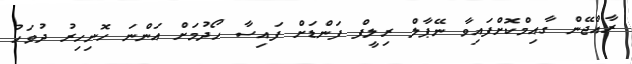
ރާއްޖޭން ގާއިމްކޮށްފައިވާ ނޭޕާލް ރިލީފް ފަންޑަށް ފައިސާ ހޯދުމަށް އަންނަ ހޮނިހިރު ދުވަހު